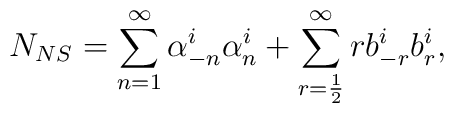
N_{NS} = \sum_{n=1} ^\infty \alpha_{-n} ^i \alpha_n ^i +\sum_{r=\frac{1}{2}}^\infty r b_{-r} ^i b_r ^i ,